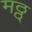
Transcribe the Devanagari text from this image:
मठ्ठ्